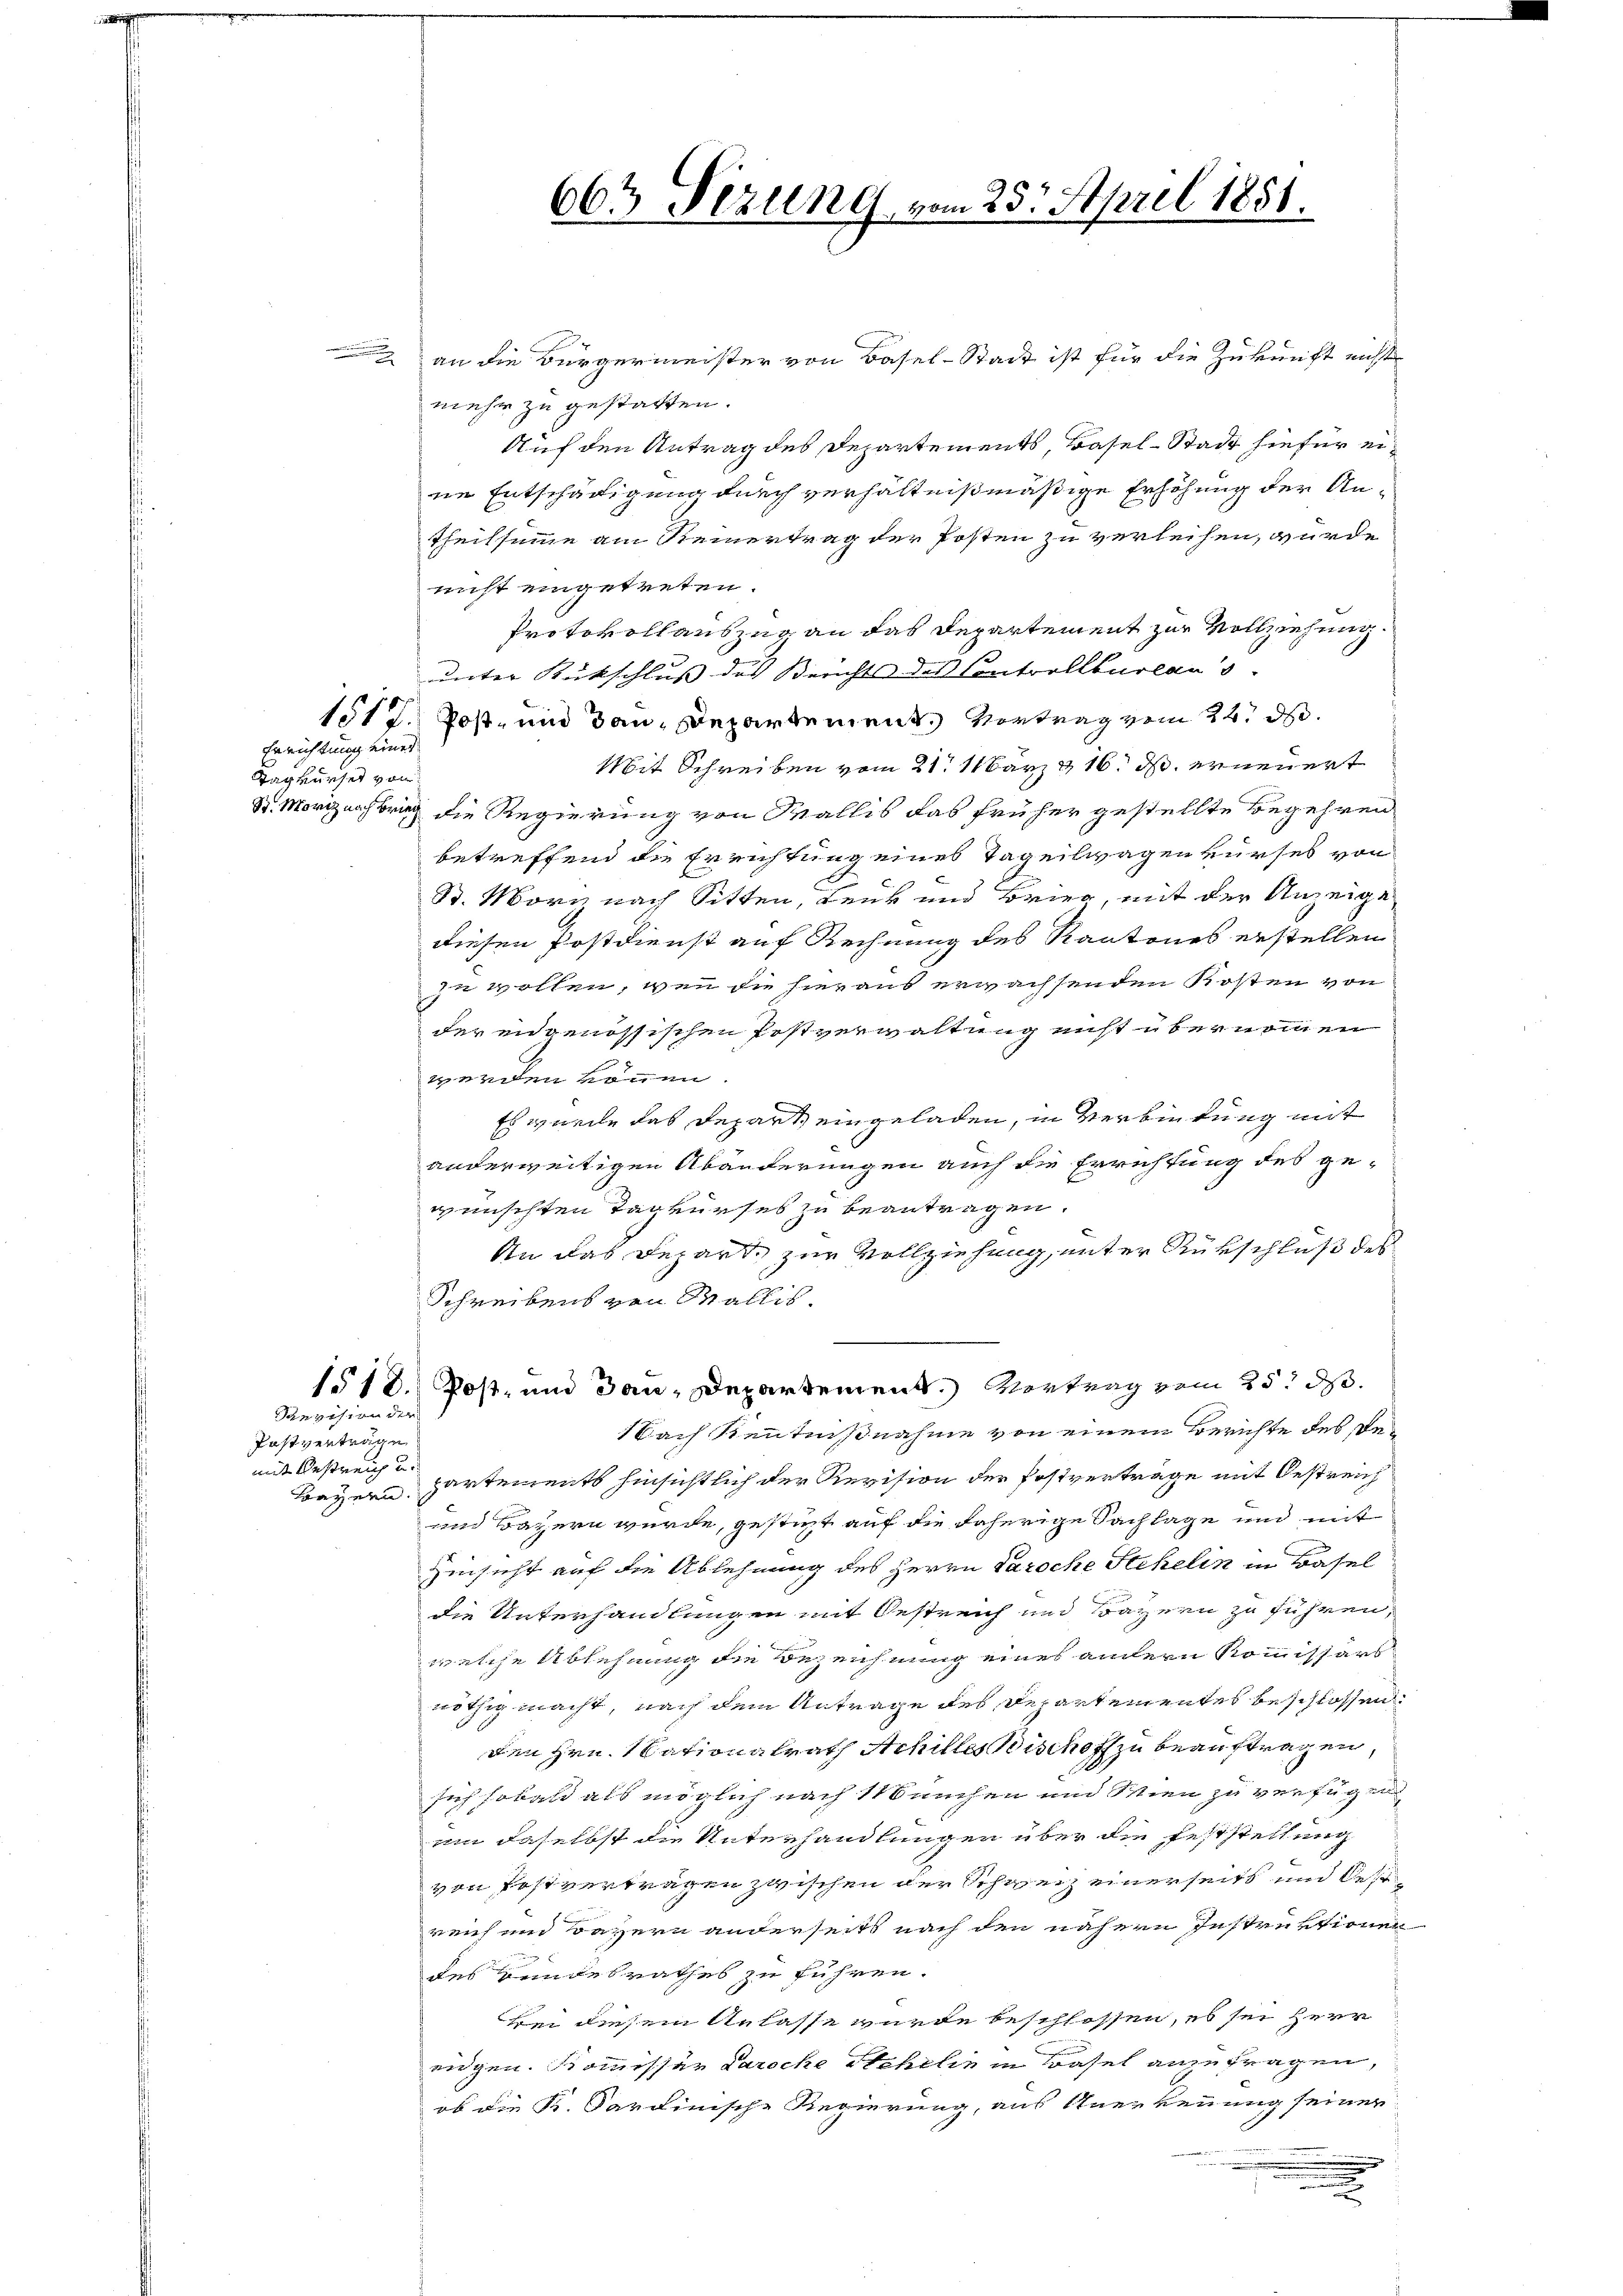
an die Bürgermeister von Basel-Stadt ist für die Zukunft nicht
mehr zu gestatten.
Auf den Antrag des Departements, Basel-Stadt hiefür eine Entschädigung durch verhältnißmäßige Erhöhung der Antheilsumme am Steinertrag der Posten zu verleihen, wurde
nicht eingetreten.
Protokollauszug an das Departement zur Vollziehung.
uunter Rückschluss des Berichts des Controllbureau s
Post- und dan Departement. Vortrag vom 24. d.
Mit Schreiben vom 21. März & 16. ds. erneuert
Sr. Moriznachtrag die Regierung von Wallis das früher gestellte Begehren
betreffend die Errichtung eines Tageilwagen kurses von
St. Morn nach Sitten, Lenk und Brieg, mit der Anzeige
diesen Postdienst auf Rechnung des Kantones erstellen
zu wollen, wenn die hieraus erwachsenden Kosten von
der engenössischen Postverwaltung nicht übernommen
werden können.
Es wurde das Depart eingeladen, in Verbietung mit
anderweitigen Abänderungen auch die Errichtung des ge-
wünschten Tagkurses zu beantragen.
An das Reparte zur Vollziehung, unter Rükschluß des
Schreibens von Wallis.
Post- und dann, Departement.) Vortrag vom 25. d.
Nach Kenntnißnahme von einem Berichte des Re¬
Bayern, partements hinsichtlich der Revision der Postverträge mit Oestreich
und Bayern wurde, gesticht auf die daherige Sachlage und mit
Hinsicht auf die Ablehnung des Herrn Paroche Stekelin in Basel
die Unterhandlungen mit Oestreich und Bayern zu führen,
welche Ablehnung die Bezeichnung eines andern Kommissärs
nöthig macht, nach dem Antrage des Departementes beschlossen
Den Hrn. Nationalrath Achilles Bischoff zu beauftragen,
sich sobald als möglich nach München und Wien zu verfügen
uin daselbst die Unterhandlungen über die Feststellung
von Postverträgen zwischen der Schweiz einerseits und Oes
reich und Bayern anderseits nach den nähern Instruktionen
des Bundesrathes zu führen.
Bei diesem Anlasse wurde beschlossen, es sei Herr
eidgen. Kommissär Paroche Wehrlin in Basel anzufragen,
ob die K. Sardinische Regierung, aus Anerkennung seiner
.

1518.
dangesien der

1512.

Errichtung eines
Tag verset von

Postverträge
mit Oestreich u.

663 Sizung, vom 25. April 1858.

2